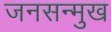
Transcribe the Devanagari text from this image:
जनसन्मुख